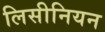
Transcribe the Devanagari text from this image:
लिसीनियन